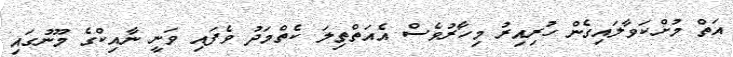
އަތް މުށްކަވާލައިގެން ހުރިއިރު މިހާރުވެސް އެއަތްތިލަ ކެތްމަދު ވެފައި ވަނީ ނާއިކްގެ މޫނުގައި